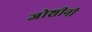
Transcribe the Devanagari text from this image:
जोशीनी